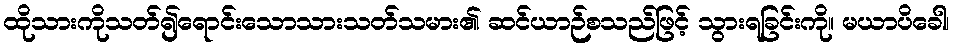
ထိုသားကိုသတ်၍ရောင်းသောသားသတ်သမား၏ ဆင်ယာဉ်စသည်ဖြင့် သွားရခြင်းကို။ မယာပိခေါ၊